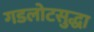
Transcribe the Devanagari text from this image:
गडलोटसुद्धा